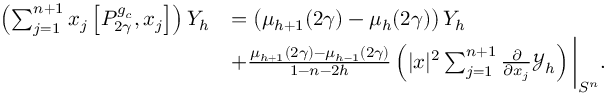
\begin{array} { r l } { \left( \sum _ { j = 1 } ^ { n + 1 } x _ { j } \left[ P _ { 2 \gamma } ^ { g _ { c } } , x _ { j } \right] \right) Y _ { h } } & { = \left( \mu _ { h + 1 } ( 2 \gamma ) - \mu _ { h } ( 2 \gamma ) \right) Y _ { h } } \\ & { + \frac { \mu _ { h + 1 } ( 2 \gamma ) - \mu _ { h - 1 } ( 2 \gamma ) } { 1 - n - 2 h } \left( | x | ^ { 2 } \sum _ { j = 1 } ^ { n + 1 } \frac { \partial } { \partial x _ { j } } \mathcal { Y } _ { h } \right) \bigg | _ { S ^ { n } } . } \end{array}